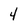
Character: 4